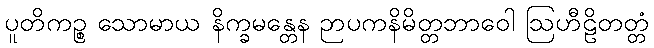
ပူတိကဉ္စ သောမာယ နိက္ခမန္တေန ဉာပကနိမိတ္တဘာဝေါ ဩဟီဠိတတ္တံ